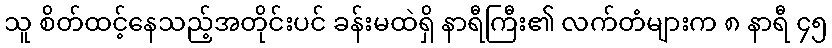
သူ စိတ်ထင့်နေသည့်အတိုင်းပင် ခန်းမထဲရှိ နာရီကြီး၏ လက်တံများက ၈ နာရီ ၄၅